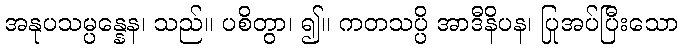
အနုပသမ္ပန္နေန၊ သည်။ ပစိတွာ၊ ၍။ ကတသပ္ပိ အာဒီနိပန၊ ပြုအပ်ပြီးသော